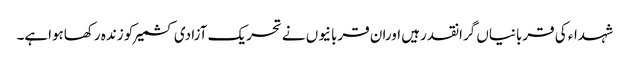
شہداء کی قربانیاں گرانقدرہیں اوران قربانیوں نے تحریک آزادی کشمیرکو زندہ رکھاہواہے۔